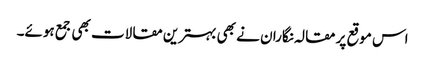
اس موقع پر مقالہ نگاران نے بھی بہترین مقالات بھی جمع ہوئے۔